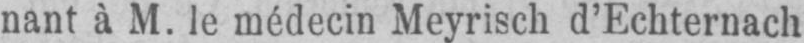
nant à M. le médecin Meyrisch d’Echternach